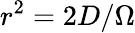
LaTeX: r^{2}=2D/\Omega